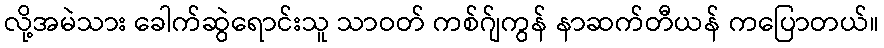
လို့အမဲသား ခေါက်ဆွဲရောင်းသူ သာဝတ် ကစ်ဂ်ျကွန် နာဆက်တီယန် ကပြောတယ်။